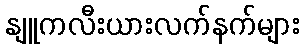
နျူကလီးယားလက်နက်များ